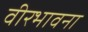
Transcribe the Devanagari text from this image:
वीरभावना